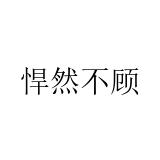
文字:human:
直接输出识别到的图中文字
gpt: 悍然不顾